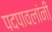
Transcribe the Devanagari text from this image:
पदपावलांनी